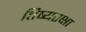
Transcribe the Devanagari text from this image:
तिष्यरक्षा